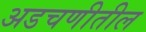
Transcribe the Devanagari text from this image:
अडचणीतील